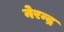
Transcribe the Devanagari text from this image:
नेरन्द्र